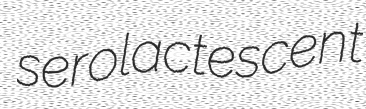
serolactescent